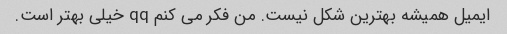
ایمیل همیشه بهترین شکل نیست. من فکر می کنم qq خیلی بهتر است.